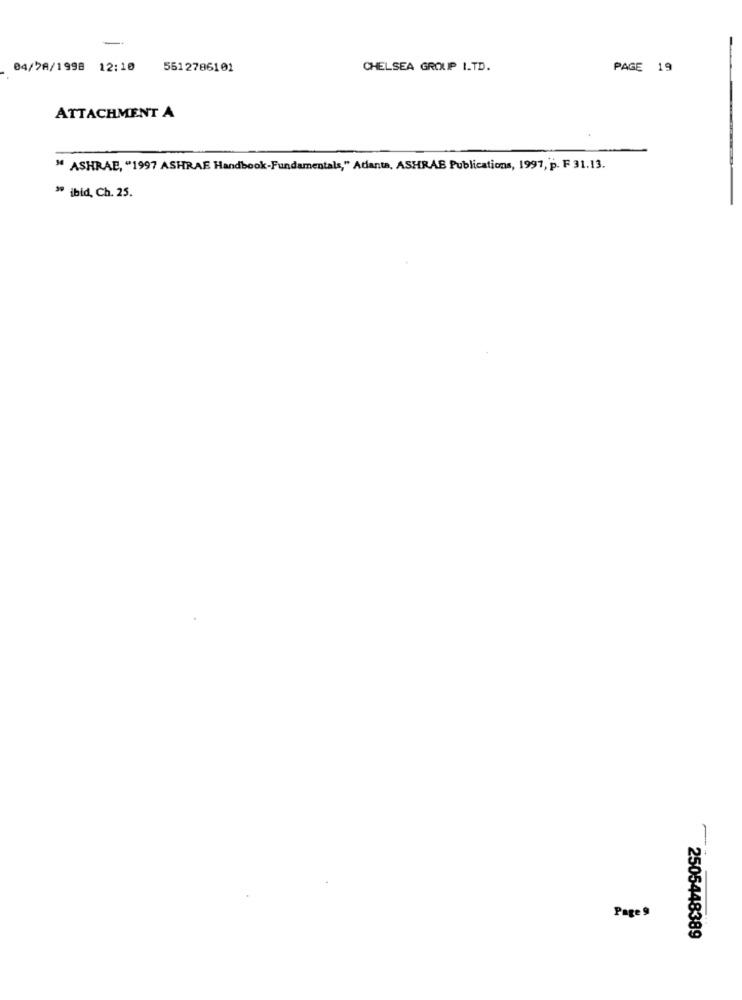
-
04/78/1998 12:10
5512786101
CHELSEA GROUP I.TD.
PAGE 19
ATTACHMENT A
" ASHRAE, "1997 ASHRAE Handbook-Fundamentals," Adante, ASHRAB Publications, 1997, p. F 31.13.
" ibid, Ch. 25.
Page 9
2505448389